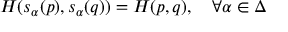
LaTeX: { \cal H } ( s _ { \alpha } ( p ) , s _ { \alpha } ( q ) ) = { \cal H } ( p , q ) , \quad \forall \alpha \in \Delta